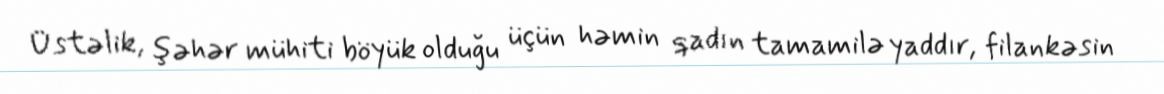
Üstəlik, şəhər mühiti böyük olduğu üçün həmin qadın tamamilə yaddır, filankəsin